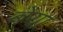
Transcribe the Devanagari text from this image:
बेया